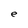
Character: e